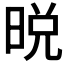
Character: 𣇋